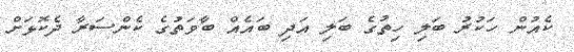
ކެއުން ހަކުރު ބަލި ހިތުގެ ބަލި އަދި ބައެއް ބާވަތުގެ ކެންސަރާ ދެކޮޅަށް